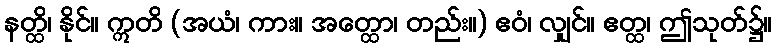
နတ္ထိ၊ နိုင်။ ဣတိ (အယံ၊ ကား။ အတ္ထော၊ တည်း။) ဧဝံ၊ လျှင်။ ဧတ္ထ၊ ဤသုတ်၌။